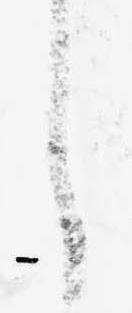
し